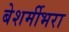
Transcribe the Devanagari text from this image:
बेशर्मीभरा